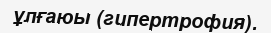
ұлғаюы (гипертрофия).